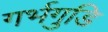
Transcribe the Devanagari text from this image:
गर्भगुडि